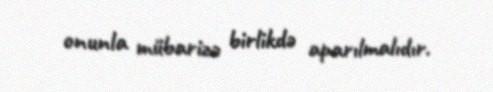
onunla mübarizə birlikdə aparılmalıdır.